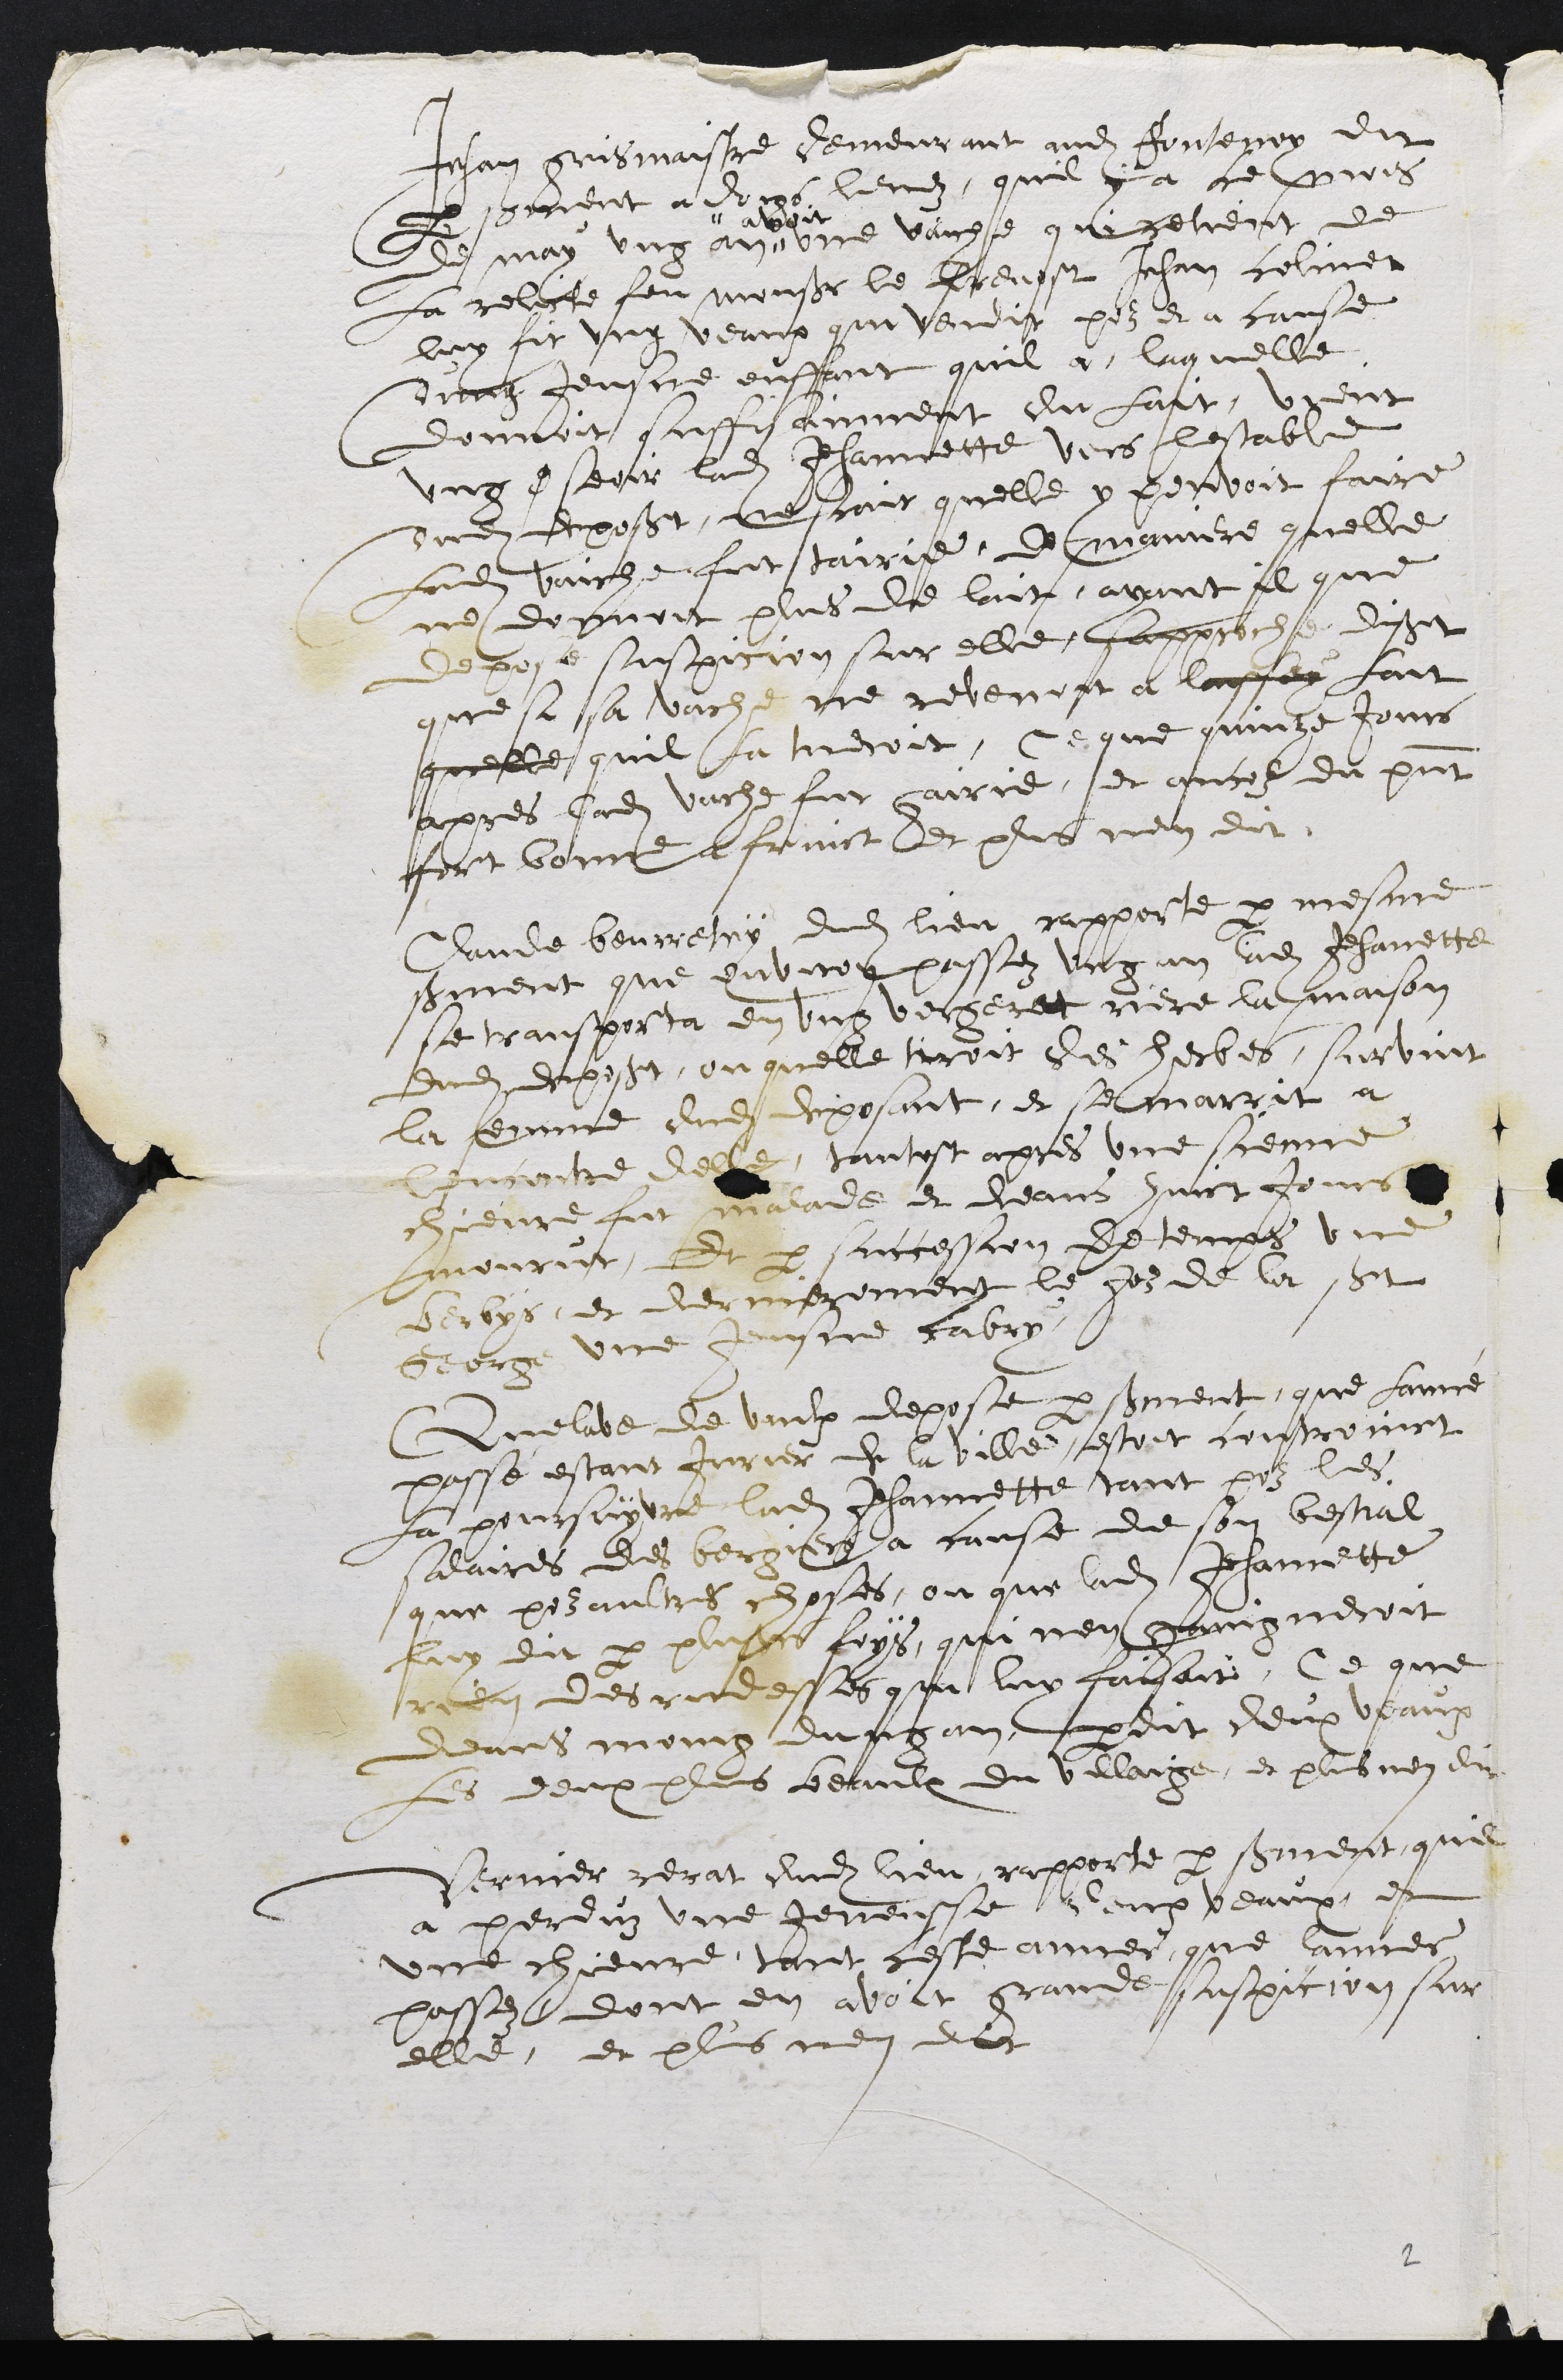
Jehan gontiastre demeurant audit Jontegoy dit
pervenent a dois leuz, quil y à ce prois
de moy ung an.
"avoit
une vaiche qu fetient de
La reloste feu monsieur le loeusst Jehan coliner
luy fit ung veaux qui vendit pouz et a cause
virag Jeusce enffnt quil a, laquelle
donnoit suffisamment dut fait, vyent
ung cseor ladite Jehannette vers lestable
dude mposst, netrout quelle y penvoit faire
landit vaiche fut tairie, de maniere quelle
ne donnoit plus de laut, avant Il que
depose suspicion sur elle, fapproche dissit
que sa sa vache ne revenont a larfey fait
quelle quil la meroit, Ce que quinze Jours
apres ladite vache fut fairie, et ancol du puint
feit boure a fainict Et plus nen dit.
Claude beurreny dudit lieu rapporté par mesme
sorment que envirot passez ung an ldite Jehanette
e vransporta en ung vergeret mere la maison
dudit deposet, ou quelle tiroit des herbes, survint
la femme dudit deposant, et se marrit à
Concontre del, tantost apres une scemne
ehneure fut malade et deans huict Jour
mourur, Et par surcession detems un
berbys et decrnezement le feu de let set
georg une jenrnne fabry.
Quelle de vache depose par eument, que foie
passe estant jurier de la ville estoit controinct
La poursuytre ladite Jehannette tant pouz les
salvires des bergiers a cause de son bestial
que pou aultres choses, ou que ladite Jehannette
luy dit par puseus foys, quie nen gaigneroit
rien des ridesses que luy cacsoit, Ce que
dieans moing du figan ppdit deux veaux
les deux plus beauls du villaige, et plusnen dut
sermer revat dudit lieu rapporte par seurent quel
à perduz une jenensse denx veaux et
une chieve tant ceste ancer que annee,
passe, dont en avoit grande usppicion sur
elle, et plus men dict